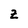
Character: z